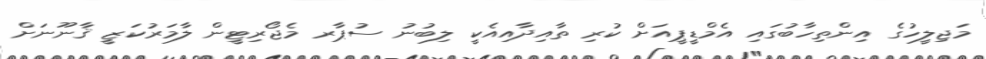
މަޖިލީހުގެ އިންތިހާބުގައި އެމްޑީޕީއަށް ކުރި ތާއިދާއިއެކީ ލިބުނު ސުޕާރ މެޖޯރިޓީން ލާމަރުކަޒީ ޤާނޫނަށް